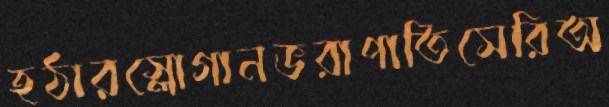
হঠারস্লোগানভরাপাতিসেরিঅ